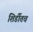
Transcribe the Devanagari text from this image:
शिर्डीतच